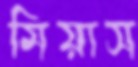
মিয়াস